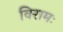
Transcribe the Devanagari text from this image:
विरामः